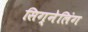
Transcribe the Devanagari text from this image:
सिग्नेलिंग